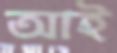
আই